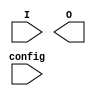
module jewel_pal (
    input wire [N-1:0] I,      // N input pins
    input wire [M-1:0] config, // Configuration bits for AND gates
    output wire [O-1:0] O      // O output pins
);
    parameter N = 4;           // Number of input pins
    parameter M = 3;           // Number of programmable AND gates
    parameter O = 2;           // Number of output pins

    // Generate programmable AND gates
    wire [M-1:0] and_outputs;  // Outputs of AND gates

    genvar i, j;
    for (i = 0; i < M; i = i + 1) begin : AND_GATE
        wire [N-1:0] and_input;
        assign and_input = (config[i] == 1'b0) ? I : ~I;  // Invert input if config is 1

        assign and_outputs[i] = and_input[0] & and_input[1] & and_input[2] & and_input[3]; // Example: AND of all inputs
    end

    // Fixed OR gates
    wire [O-1:0] or_outputs;    // Outputs of OR gates

    assign or_outputs[0] = and_outputs[0] | and_outputs[1]; // Example OR gate
    assign or_outputs[1] = and_outputs[1] | and_outputs[2]; // Another example OR gate

    // Assigning final output
    assign O = or_outputs;

endmodule